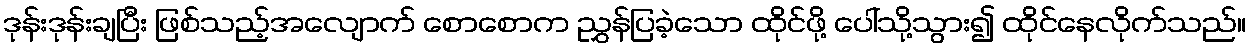
ဒုန်းဒုန်းချပြီး ဖြစ်သည့်အလျောက် စောစောက ညွှန်ပြခဲ့သော ထိုင်ဖို့ ပေါ်သို့သွား၍ ထိုင်နေလိုက်သည်။